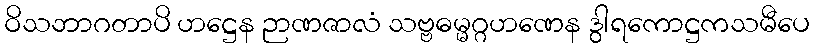
ဝိသဘာဂတာပိ ဟဋ္ဌေန ဉာဏဇာလံ သဗ္ဗဓမ္မဂ္ဂဟဏေန ဒွါရကောဋ္ဌကသမီပေ